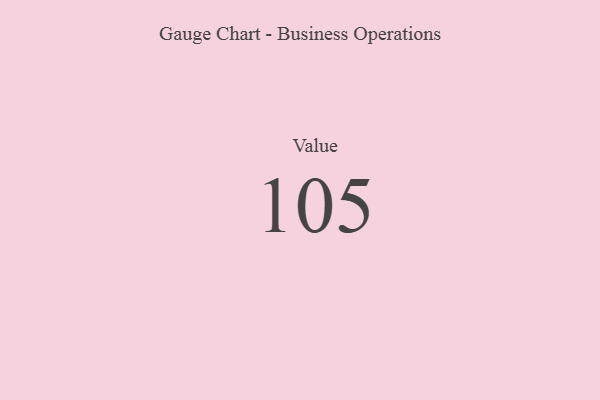
{"axis": {"x": "Metric", "y": "Value"}, "legend": [""], "data": [{"x": "Value", "y": 105, "type": ""}]}